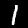
Label: 1